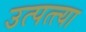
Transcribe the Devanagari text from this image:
उत्पत्त्या